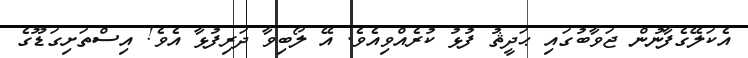
އެކަލޭގެފާނުން ޖަވާބުގައި ޙަދީޘު ފުޅު ކުރެއްވިއެވެ. އޭ ލޯބިވާ ދަރިފުޅާ އެވެ! އިސްތަށިގަޑޫގެ